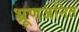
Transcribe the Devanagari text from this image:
भ्रूणजनित